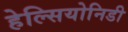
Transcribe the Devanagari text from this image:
हेल्सियोनिडी